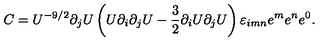
C = U ^ { - 9 / 2 } \partial _ { j } U \left( U \partial _ { i } \partial _ { j } U - { \frac { 3 } { 2 } } \partial _ { i } U \partial _ { j } U \right) \varepsilon _ { i m n } e ^ { m } e ^ { n } e ^ { 0 } .